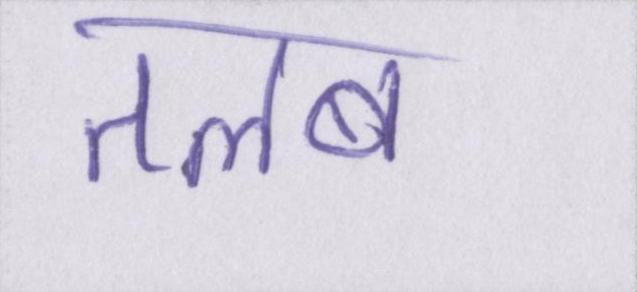
तलब